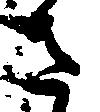
さ